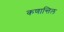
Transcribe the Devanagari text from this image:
कणान्तिल